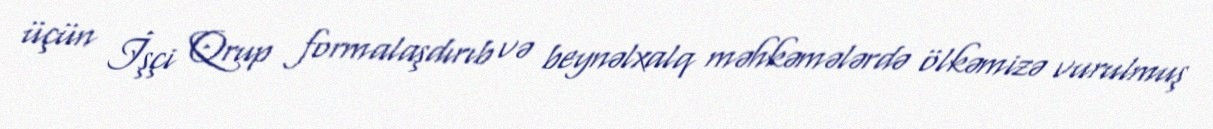
üçün İşçi Qrup formalaşdırıb və beynəlxalq məhkəmələrdə ölkəmizə vurulmuş